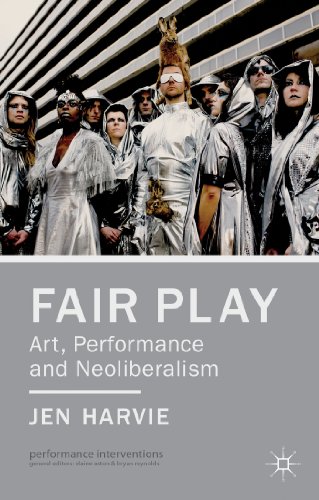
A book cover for Fair Play: Art, Performance and Neoliberalism (Performance Interventions); Jen Harvie; Business & Money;